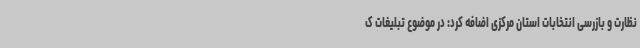
نظارت و بازرسی انتخابات استان مرکزی اضافه کرد: در موضوع تبلیغات ک